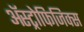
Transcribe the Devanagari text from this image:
ॲस्ट्रोफिजिक्‍स